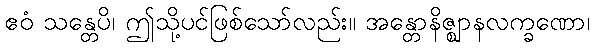
ဧဝံ သန္တေပိ၊ ဤသို့ပင်ဖြစ်သော်လည်း။ အန္တောနိဇ္ဈာနလက္ခဏော၊